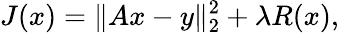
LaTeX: J(x)=\| Ax-y\| _{2}^{2}+\lambda R(x),